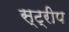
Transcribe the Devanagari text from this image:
स्‍ट्रीप